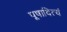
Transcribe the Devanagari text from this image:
पूषादित्यं